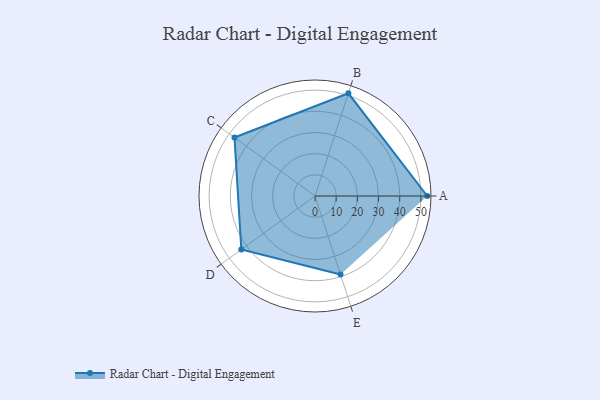
{"axis": {"x": "Skill", "y": "Score"}, "legend": ["Profile"], "data": [{"x": "A", "y": 53.0, "type": "Profile"}, {"x": "B", "y": 51.0, "type": "Profile"}, {"x": "C", "y": 47.0, "type": "Profile"}, {"x": "D", "y": 43.0, "type": "Profile"}, {"x": "E", "y": 39.0, "type": "Profile"}]}